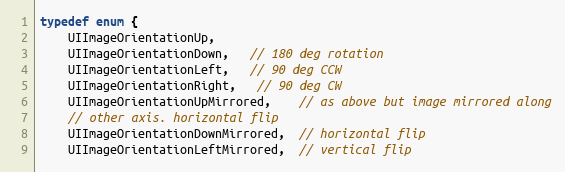
Language: C
typedef enum {
    UIImageOrientationUp,
    UIImageOrientationDown,   // 180 deg rotation
    UIImageOrientationLeft,   // 90 deg CCW
    UIImageOrientationRight,   // 90 deg CW
    UIImageOrientationUpMirrored,    // as above but image mirrored along
    // other axis. horizontal flip
    UIImageOrientationDownMirrored,  // horizontal flip
    UIImageOrientationLeftMirrored,  // vertical flip